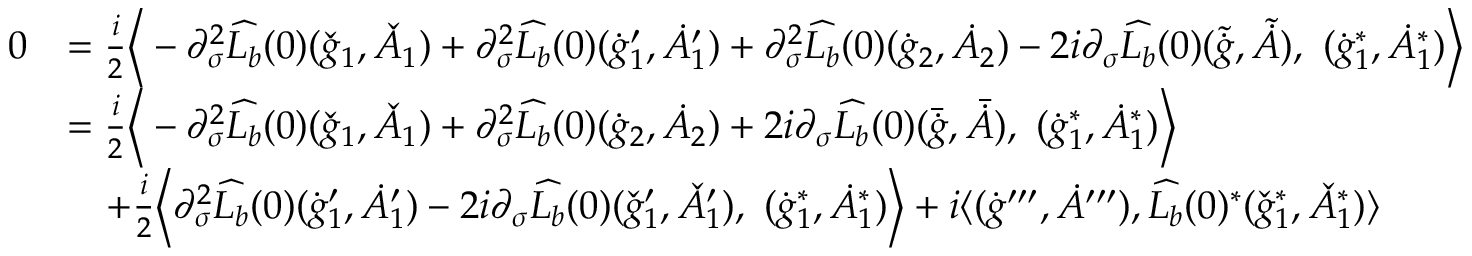
\begin{array} { r l } { 0 } & { = \frac { i } { 2 } \Big \langle - \partial _ { \sigma } ^ { 2 } \widehat { L _ { b } } ( 0 ) ( \check { g } _ { 1 } , \check { A } _ { 1 } ) + \partial _ { \sigma } ^ { 2 } \widehat { L _ { b } } ( 0 ) ( \dot { g } _ { 1 } ^ { \prime } , \dot { A } _ { 1 } ^ { \prime } ) + \partial _ { \sigma } ^ { 2 } \widehat { L _ { b } } ( 0 ) ( \dot { g } _ { 2 } , \dot { A } _ { 2 } ) - 2 i \partial _ { \sigma } \widehat { L _ { b } } ( 0 ) ( \tilde { \dot { g } } , \tilde { \dot { A } } ) , \ ( \dot { g } _ { 1 } ^ { * } , \dot { A } _ { 1 } ^ { * } ) \Big \rangle } \\ & { = \frac { i } { 2 } \Big \langle - \partial _ { \sigma } ^ { 2 } \widehat { L _ { b } } ( 0 ) ( \check { g } _ { 1 } , \check { A } _ { 1 } ) + \partial _ { \sigma } ^ { 2 } \widehat { L _ { b } } ( 0 ) ( \dot { g } _ { 2 } , \dot { A } _ { 2 } ) + 2 i \partial _ { \sigma } \widehat { L _ { b } } ( 0 ) ( \bar { \dot { g } } , \bar { \dot { A } } ) , \ ( \dot { g } _ { 1 } ^ { * } , \dot { A } _ { 1 } ^ { * } ) \Big \rangle } \\ & { \quad + \frac { i } { 2 } \Big \langle \partial _ { \sigma } ^ { 2 } \widehat { L _ { b } } ( 0 ) ( \dot { g } _ { 1 } ^ { \prime } , \dot { A } _ { 1 } ^ { \prime } ) - 2 i \partial _ { \sigma } \widehat { L _ { b } } ( 0 ) ( \check { g } _ { 1 } ^ { \prime } , \check { A } _ { 1 } ^ { \prime } ) , \ ( \dot { g } _ { 1 } ^ { * } , \dot { A } _ { 1 } ^ { * } ) \Big \rangle + i \langle ( \dot { g } ^ { \prime \prime \prime } , \dot { A } ^ { \prime \prime \prime } ) , \widehat { L _ { b } } ( 0 ) ^ { * } ( \check { g } _ { 1 } ^ { * } , \check { A } _ { 1 } ^ { * } ) \rangle } \end{array}